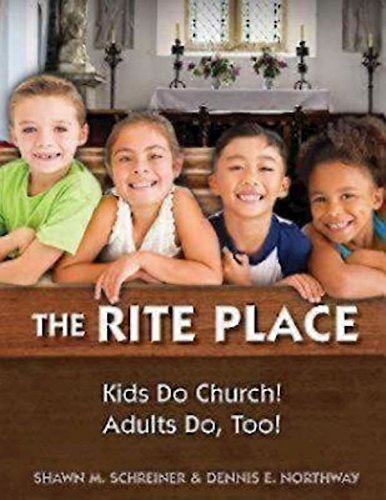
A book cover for The Rite Place: Kids Do Church! Adults Do Too!; Shawn M. Schreiner; Christian Books & Bibles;